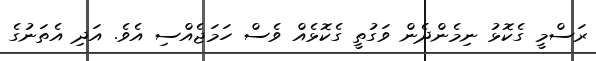
ރަސްމީ ގެކޮޅު ނިމެންދެން ވަގުތީ ގެކޮޅެއް ވެސް ހަމަޖެއްސި އެވެ. އަދި އެތަނުގެ